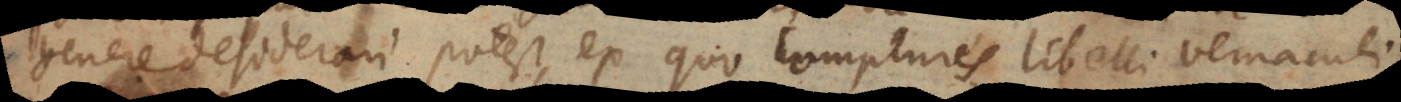
genere desiderari potest, ex quo complures libelli vernaculi